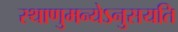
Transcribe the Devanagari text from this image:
स्थाणुमन्येऽनुसयति